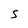
Character: S